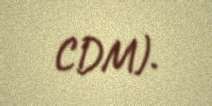
CDM).